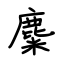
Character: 麋